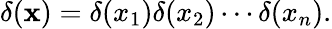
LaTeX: \delta(\mathbf{x})=\delta(x_{1})\delta(x_{2})\cdots\delta(x_{n}).